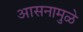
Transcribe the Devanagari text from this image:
आसनामुळे